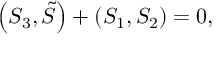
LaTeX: \left( S _ { 3 } , \tilde { S } \right) + \left( S _ { 1 } , S _ { 2 } \right) = 0 ,